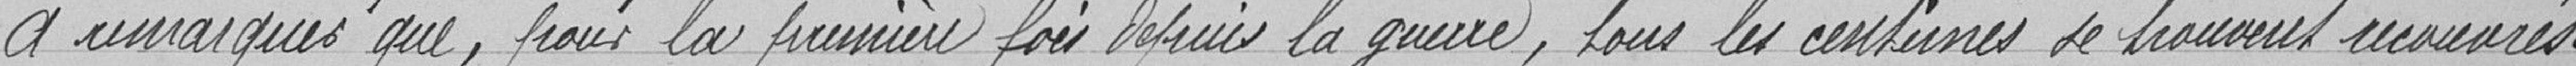
A remarquer que, pour la première fois depuis la guerre, tous les centimes se trouvent recouvrés.